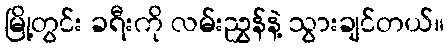
မြို့တွင်း ခရီးကို လမ်းညွှန်နဲ့ သွားချင်တယ်။